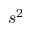
s ^ { 2 }